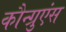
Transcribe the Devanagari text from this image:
कौन्ग्रुएंस